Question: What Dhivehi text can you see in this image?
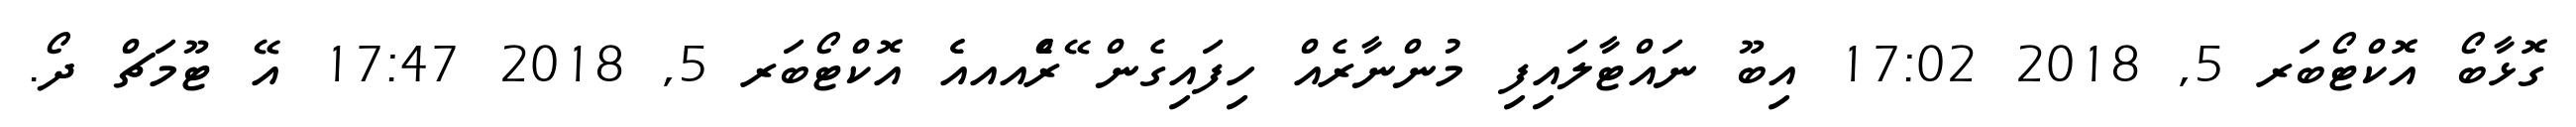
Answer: ގޮޅާބޯ އޮކްޓޯބަރ 5, 2018 17:02 އިބޫ ނައްޓާލައިފި މުންނާރެއް ހިފައިގެން ޭރެެްއއއެެ އޮކްޓޯބަރ 5, 2018 17:47 އޭ ޓޫމަޗް ދޯ.